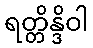
ရတ္တိန္ဒိဝါ